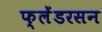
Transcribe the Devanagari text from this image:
फ्लेंडरसन